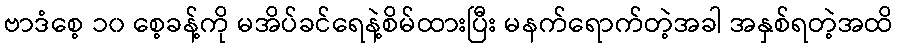
ဗာဒံစေ့ ၁၀ စေ့ခန့်ကို မအိပ်ခင်ရေနဲ့စိမ်ထားပြီး မနက်ရောက်တဲ့အခါ အနှစ်ရတဲ့အထိ